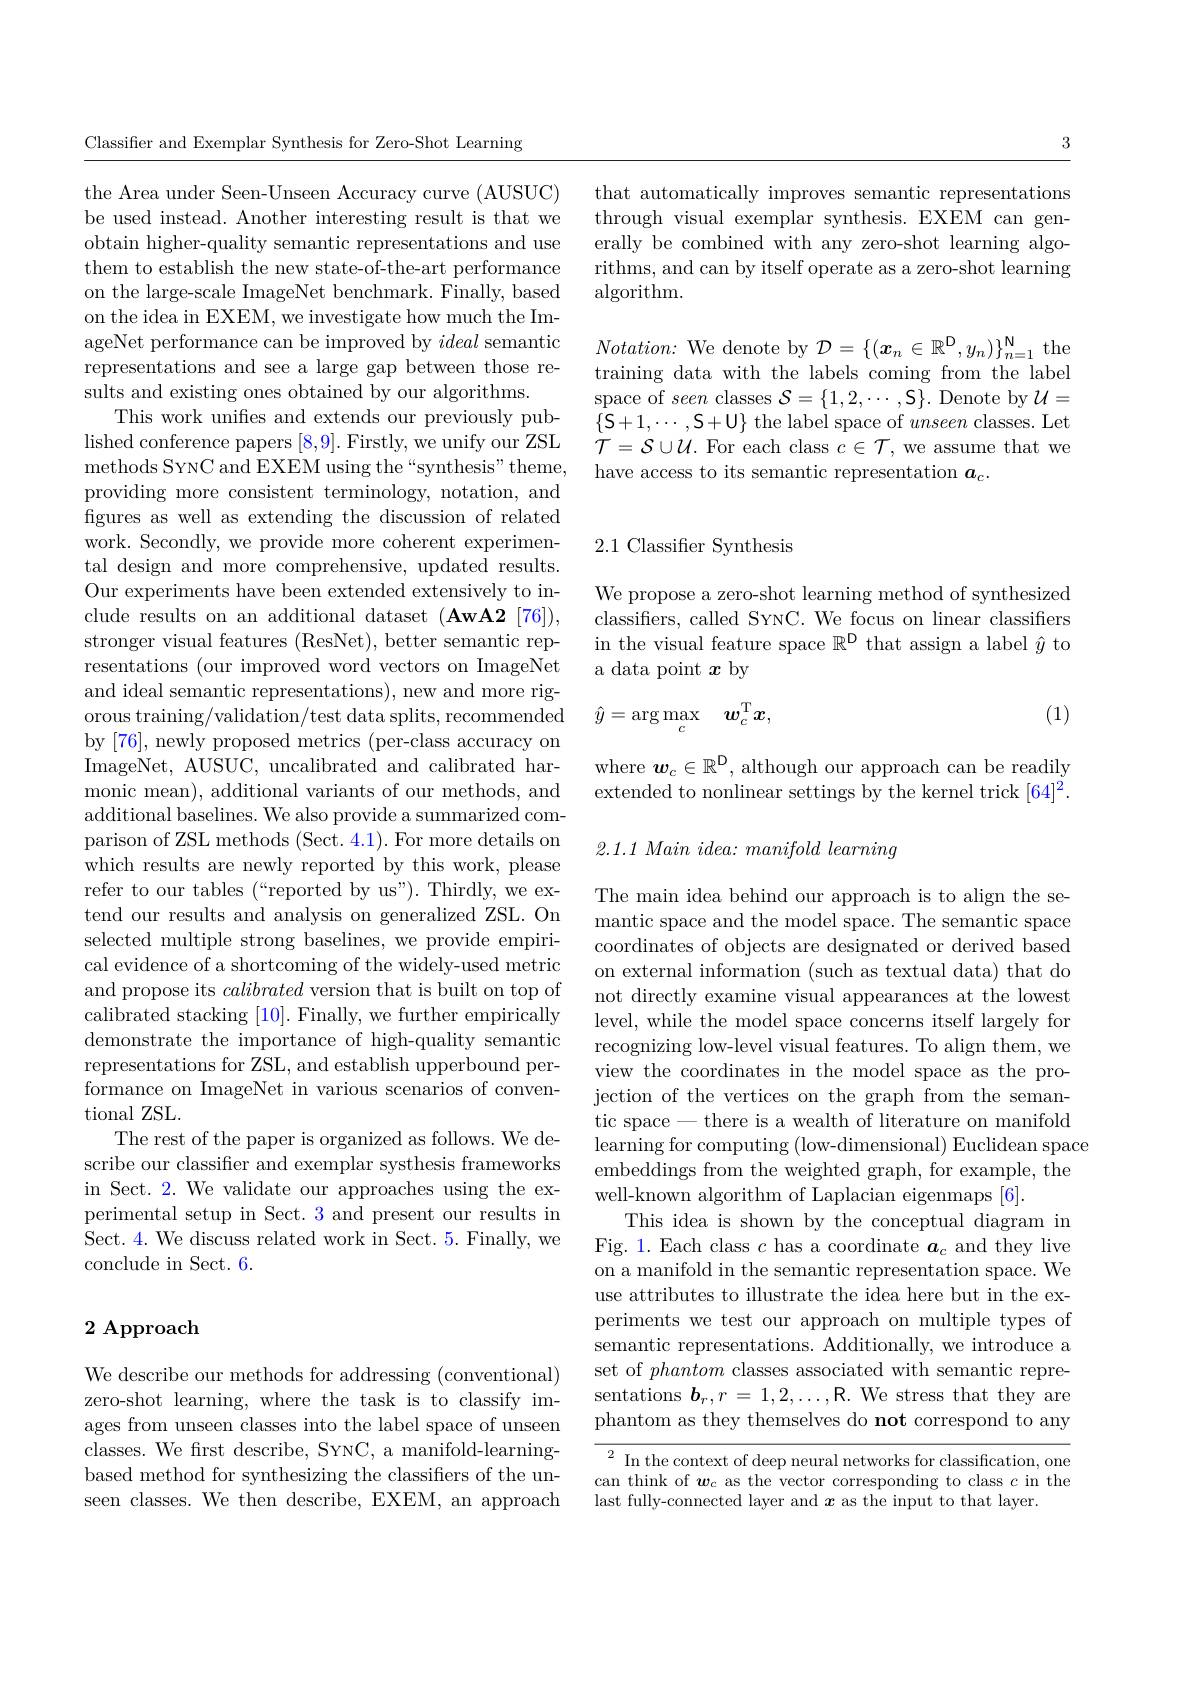
3

that automatically improves semantic representations through visual exemplar synthesis. EXEM can generally be combined with any zero-shot learning algorithms, and can by itself operate as a zero-shot learning algorithm.

$Notation:$ We denote by $\mathcal{D} = \{ ( \boldsymbol{x}_n\in \mathbb{R} ^{\mathrm{D} }, y_n) \} _{n= 1}^{\mathrm{N} }$ the training data with the labels coming from the label space of seen classes $\mathcal{S}=\{1,2,\cdots,\mathcal{S}\}.$ Denote by $\mathcal{U}=$ $\{\mathcal{S}+1,\cdots,\mathcal{S}+\mathcal{U}\}$ the label space of unseen classes. Let ${\dot{\mathcal{T}}}={\mathcal{S}}\cup{\mathcal{U}}.$ For each class $c\in{\mathcal{T}}$, we assume that we have access to its semantic representation $a_c.$

Classifier and Exemplar Synthesis for Zero-Shot Learning

the Area under Seen-Unseen Accuracy curve (AUSUC) be used instead. Another interesting result is that we obtain higher-quality semantic representations and use them to establish the new state-of-the-art performance on the large-scale ImageNet benchmark. Finally, based on the idea in EXEM, we investigate how much the ImageNet performance can be improved by ideal semantic representations and see a large gap between those results and existing ones obtained by our algorithms.
This work unifes and extends our previously published conference papers [8,9]. Firstly, we unify our ZSL methods SYNC and EXEM using the“synthesis”theme, providing more consistent terminology, notation, and figures as well as extending the discussion of related work. Secondly, we provide more coherent experimental design and more comprehensive, updated results. Our experiments have been extended extensively to include results on an additional dataset (AwA2 [76]), stronger visual features (ResNet), better semantic representations (our improved word vectors on ImageNet and ideal semantic representations), new and more rigorous training/validation/test data splits, recommended by [76], newly proposed metrics (per-class accuracy on ImageNet, AUSUC, uncalibrated and calibrated harmonic mean), additional variants of our methods, and additional baselines. We also provide a summarized comparison of ZSL methods (Sect. 4.1). For more details on which results are newly reported by this work, please refer to our tables (“reported by us”). Thirdly, we extend our results and analysis on generalized ZSL. On selected multiple strong baselines, we provide empirical evidence of a shortcoming of the widely-used metric and propose its calibrated version that is built on top of calibrated stacking [10]. Finally, we further empirically demonstrate the importance of high-quality semantic representations for ZSL, and establish upperbound performance on ImageNet in various scenarios of conventional ZSL.
The rest of the paper is organized as follows. We describe our classifier and exemplar systhesis frameworks in Sect. 2. We validate our approaches using the experimental setup in Sect. 3 and present our results in Sect. 4. We discuss related work in Sect. 5. Finally, we conclude in Sect. 6.

## 2 Approach

We describe our methods for addressing (conventional) zero-shot learning, where the task is to classify images from unseen classes into the label space of unseen classes. We frst describe, SYNC, a manifold-learningbased method for synthesizing the classifiers of the unseen classes. We then describe, EXEM, an approach

## 2.1 Classifier Synthesis

We propose a zero-shot learning method of synthesized classifiers, called SYNC. We focus on linear classifiers in the visual feature space $\mathbb{R}^\mathrm{D}$ that assign a label $\hat{y}$ to a data point $x$ by

(1)
$$\hat{y}=\arg\max_{c}\quad w_{c}^{\mathrm{T}}x,$$
where $\boldsymbol w_c\in\mathbb{R}^{\mathrm{D}}$, although our approach can be readily extended to nonlinear settings by the kernel trick [64]$^2.$

$2. 1. 1\textit{ Main idea: manifold learning}$

The main idea behind our approach is to align the semantic space and the model space. The semantic space coordinates of objects are designated or derived based on external information (such as textual data) that do not directly examine visual appearances at the lowest level, while the model space concerns itself largely for recognizing low-level visual features. To align them, we view the coordinates in the model space as the projection of the vertices on the graph from the semantic space-there is a wealth of literature on manifold ${\mathrm{learning~for~computing~(low-dimensional)~Euclidean~space}}$
embeddings from the weighted graph, for example, the
well-known algorithm of Laplacian eigenmaps [6].
This idea is shown by the conceptual diagram in Fig. 1. Each class $c$ has a coordinate $\boldsymbol a_c$ and they live on a manifold in the semantic representation space. We use attributes to illustrate the idea here but in the experiments we test our approach on multiple types of semantic representations. Additionally, we introduce a set of phantom classes associated with semantic representations $\boldsymbol b_r,r=1,2,\ldots$,R. We stress that they are phantom as they themselves do not correspond to any ${\frac{{2}{\text{ In the context of deep neural networks for classification, one}}}}$

can think of $w_c$ as the vector corresponding to class $c$ in the
last fully-connected layer and $x$ as the input to that layer.